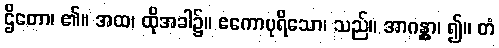
ဌိတော၊ ၏။ အထ၊ ထိုအခါ၌။ ဧကောပုရိသော၊ သည်။ အာဂန္တွာ၊ ၍။ တံ